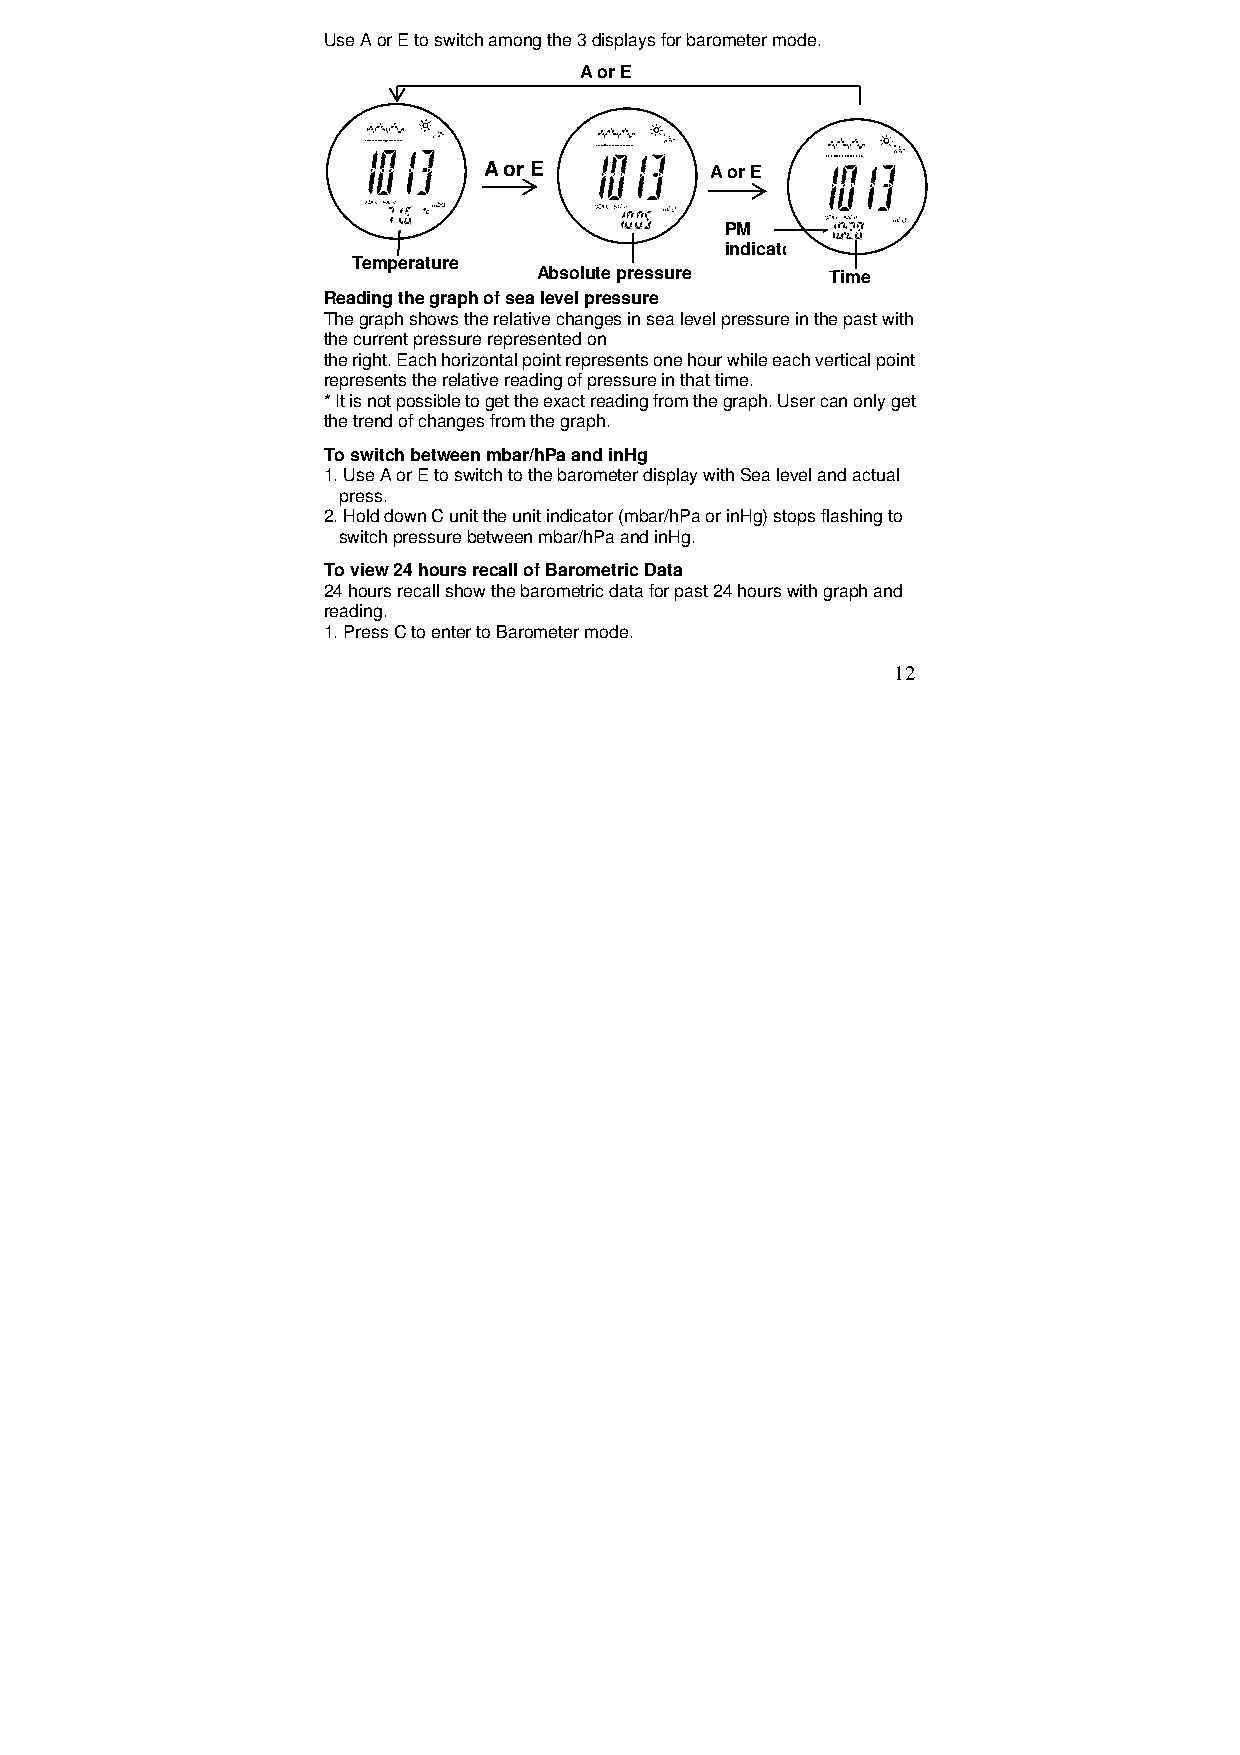
Use A or E to switch among the 3 displays for barometer mode.
 A or E
 A or E         A or E
 PM
 indicator
 Temperature
 Absolute pressure  Time
 Reading the graph of sea level pressure
 The graph shows the relative changes in sea level pressure in the past with
 the current pressure represented on
 the right. Each horizontal point represents one hour while each vertical point
 represents the relative reading of pressure in that time.
 * It is not possible to get the exact reading from the graph. User can only get
 the trend of changes from the graph.
 To switch between mbar/hPa and inHg
 1. Use A or E to switch to the barometer display with Sea level and actual
 press.
 2. Hold down C unit the unit indicator (mbar/hPa or inHg) stops flashing to
 switch pressure between mbar/hPa and inHg.
 To view 24 hours recall of Barometric Data
 24 hours recall show the barometric data for past 24 hours with graph and
 reading.
 1. Press C to enter to Barometer mode.
 12